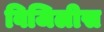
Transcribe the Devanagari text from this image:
विजिलीस